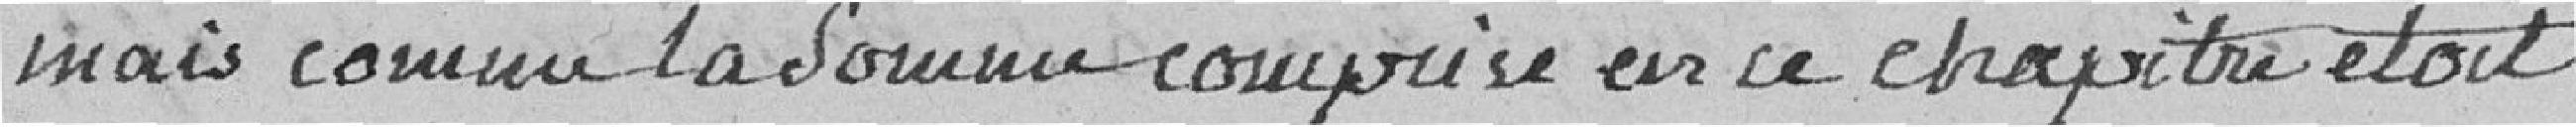
mais comme la somme comprise en ce chapitre était